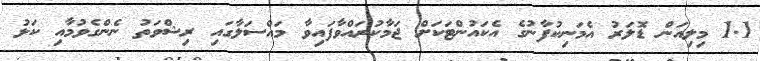
1.1 މިލިއަން ޑޮލަރު އެމަނިކުފާނުގެ އެކައުންޓަކަށް ޖަމާކުރައްވާފައިވާ މައްސަލާގައި ރިޝްވަތު ނެންގެވުމާއި ކަޅު